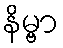
နိမ္ဗာ